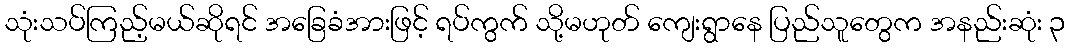
သုံးသပ်ကြည့်မယ်ဆိုရင် အခြေခံအားဖြင့် ရပ်ကွက် သို့မဟုတ် ကျေးရွာနေ ပြည်သူတွေက အနည်းဆုံး ၃